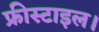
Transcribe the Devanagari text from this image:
फ्रीस्टाइल।